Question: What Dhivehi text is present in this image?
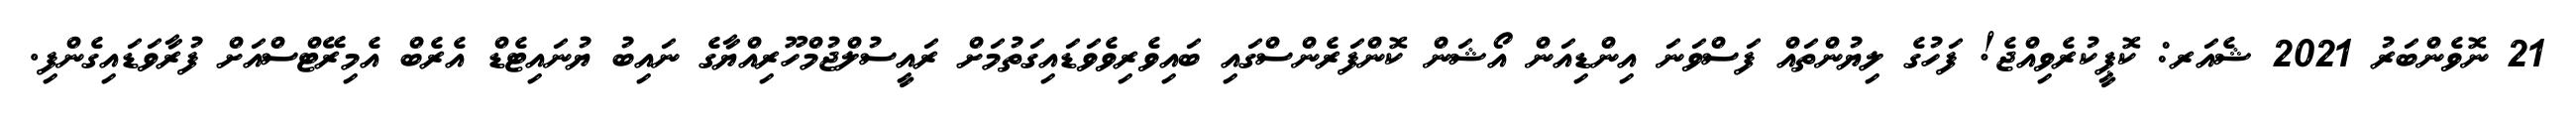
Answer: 21 ނޮވެންބަރު 2021 ޝެއަރ: ކޮޕީކުރެވިއްޖެ! ފަހުގެ ލިޔުންތައް ފަސްވަނަ އިންޑިއަން އޯޝަން ކޮންފަރެންސްގައި ބައިވެރިވެވަޑައިގަތުމަށް ރައީސުލްޖުމްހޫރިއްޔާގެ ނައިބު ޔުނައިޓެޑް އެރެބް އެމިރޭޓްސްއަށް ފުރާވަޑައިގެންފި.